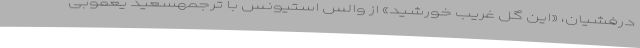
درفشیان، «این گل غریب خورشید» از والس استیونس با ترجمهسعید یعقوبی